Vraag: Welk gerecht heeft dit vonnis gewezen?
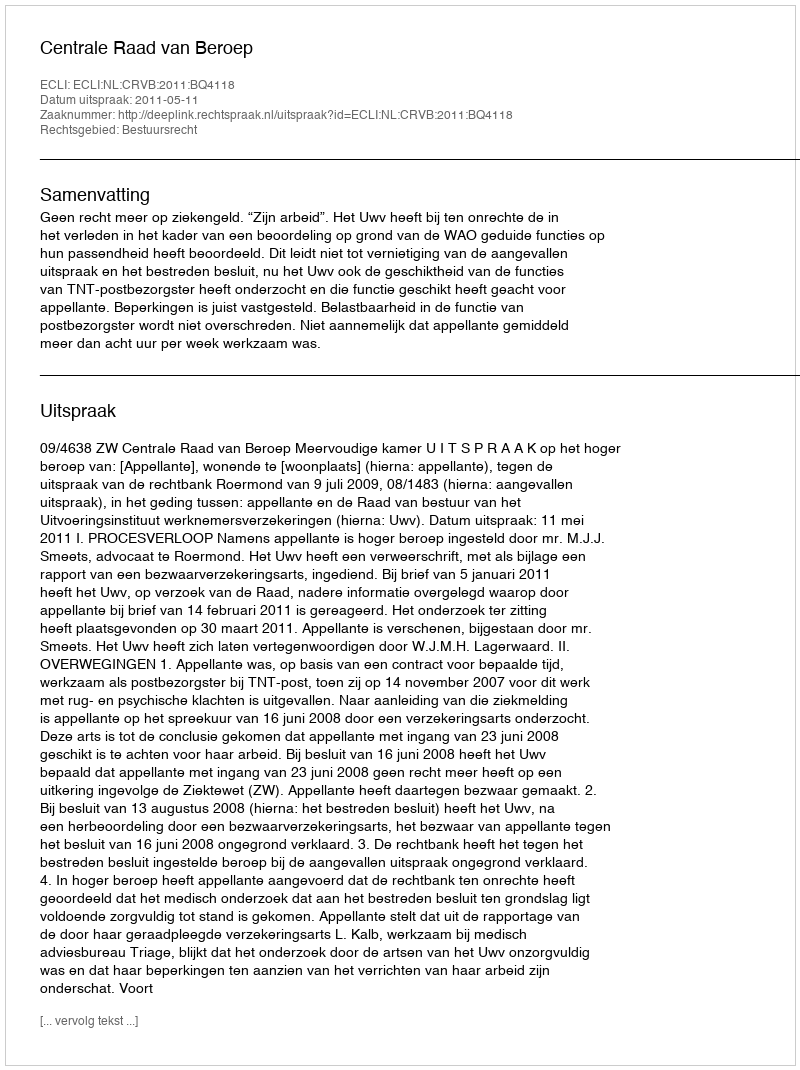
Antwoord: Centrale Raad van Beroep